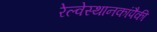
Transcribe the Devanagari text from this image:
रेल्वेस्थानकांपैकी